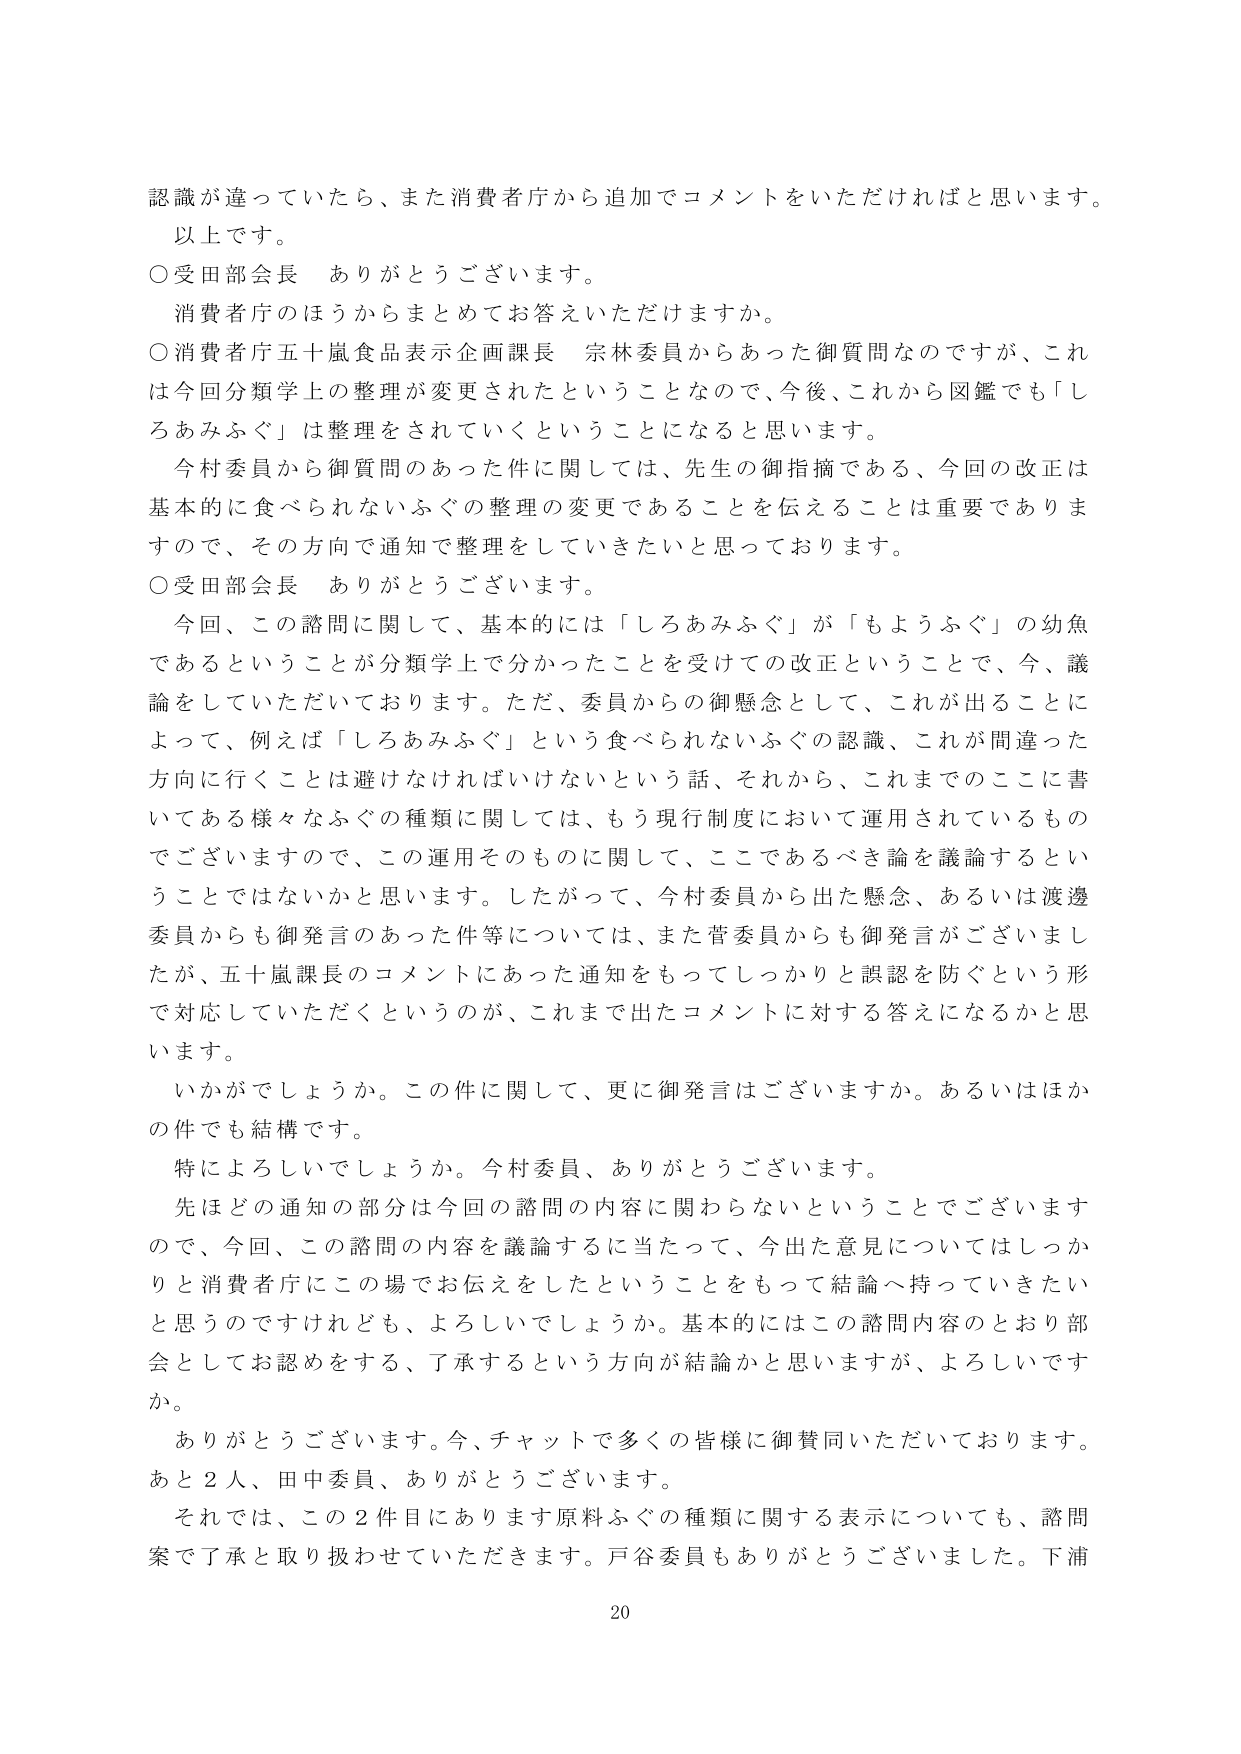
認識が違っていたら、また消費者庁から追加でコメントをいただければと思います。
以上です。
○受田部会長　ありがとうございます。
　消費者庁のほうからまとめてお答えいただけますか。
○消費者庁五十嵐食品表示企画課長　宗林委員からあった御質問なのですが、これは今回分類学上の整理が変更されたということなので、今後、これから図鑑でも「しろあみふぐ」は整理をされていくということになると思います。
　今村委員から御質問のあった件に関しては、先生の御指摘である、今回の改正は基本的に食べられないふぐの整理の変更であることを伝えることは重要でありますので、その方向で通知で整理をしていきたいと思っております。
○受田部会長　ありがとうございます。
　今回、この諮問に関して、基本的には「しろあみふぐ」が「もようふぐ」の幼魚であるということが分類学上で分かったことを受けての改正ということで、今、議論をしていただいております。ただ、委員からの御懸念として、これが出ることによって、例えば「しろあみふぐ」という食べられないふぐの認識、これが間違った方向に行くことは避けなければならないという話、それから、これまでのここに書いてある様々なふぐの種類に関しては、もう現行制度において運用されているものでございますので、この運用そのものに関して、ここであるべき論を議論するということではないかと思います。したがって、今村委員から出た懸念、あるいは渡邊委員からも御発言のあった件等については、また菅委員からも御発言がございましたが、五十嵐課長のコメントにあった通知をもってしっかりと誤認を防ぐという形で対応していただくというのが、これまで出たコメントに対する答えになるかと思います。
　いかがでしょうか。この件に関して、更に御発言はございますか。あるいはほかの件でも結構です。
　特によろしいでしょうか。今村委員、ありがとうございます。
　先ほどの通知の部分は今回の諮問の内容に関わらないということでございますので、今回、この諮問の内容を議論するに当たって、今出た意見についてはしっかりと消費者庁にこの場でお伝えをしたということをもって結論へ持っていきたいと思うのですけれども、よろしいでしょうか。基本的にはこの諮問内容のとおり部会としてお認めをする、了承するという方向が結論かと思いますが、よろしいですか。
　ありがとうございます。今、チャットで多くの皆様に御賛同いただいております。
あと２人、田中委員、ありがとうございます。
　それでは、この２件目になります原料ふぐの種類に関する表示についても、諮問案で了承と取り扱わせていただきます。戸谷委員もありがとうございました。下浦
20